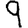
Digit: 9